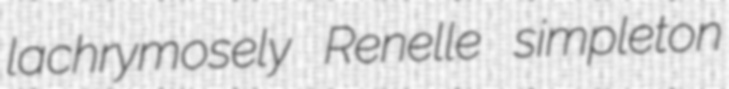
lachrymosely Renelle simpleton